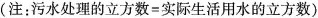
(注：污水处理的立方数=实际生活用水的立方数)